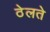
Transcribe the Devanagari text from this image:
ठेलते